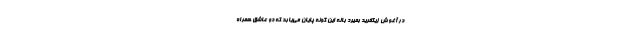
در آغوش زیگفرید بمیرد باله این گونه پایان می‌یابد که دو عاشق همراه